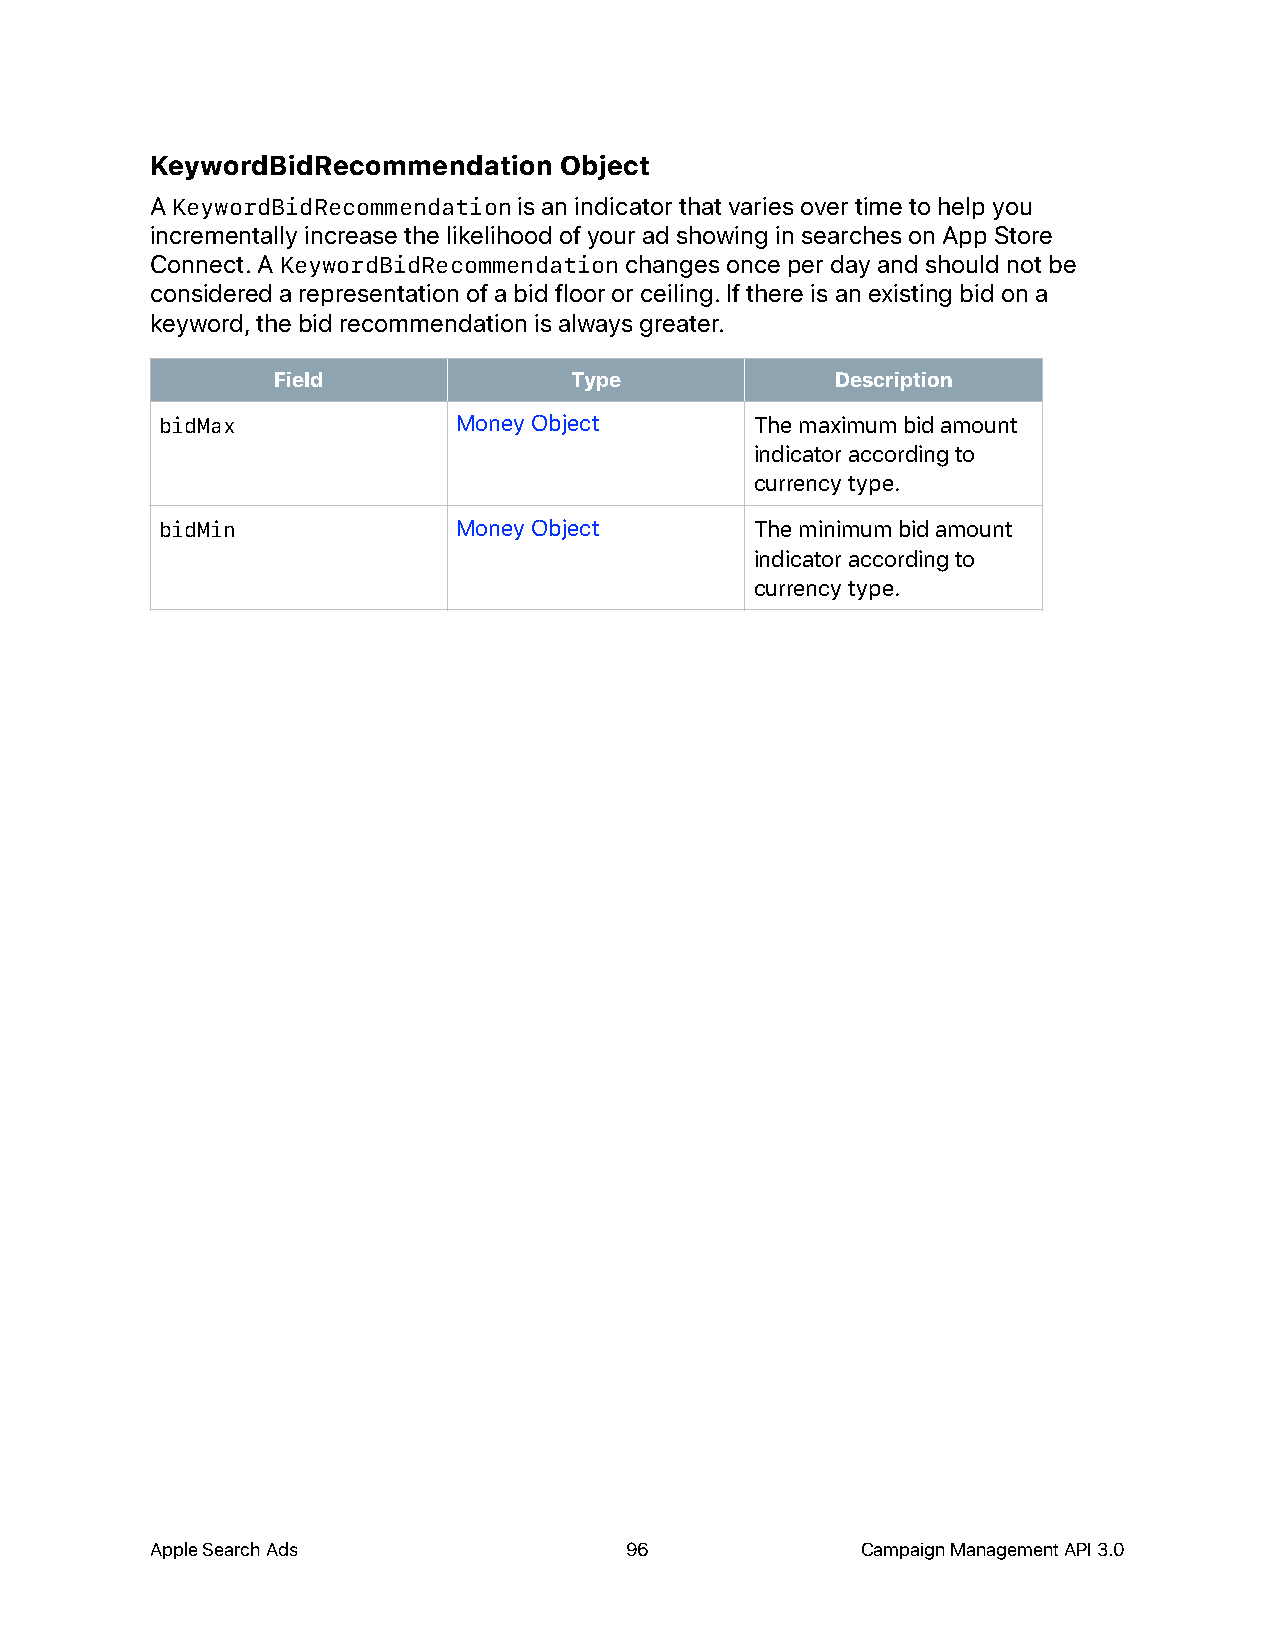
KeywordBidRecommendation   Object
 A KeywordBidRecommendation is an indicator that varies over time to help you
 incrementally increase the likelihood of your ad showing in searches on App Store
 Connect. A KeywordBidRecommendation changes once per day and should not be
 considered a representation of a bid floor or ceiling. If there is an existing bid on a
 keyword, the bid recommendation is always greater.
 Field               Type             Description
 bidMax             Money Object        The maximum bid amount
 indicator according to
 currency type.
 bidMin             Money Object        The minimum bid amount
 indicator according to
 currency type.
 Apple Search Ads               96              Campaign Management API 3.0